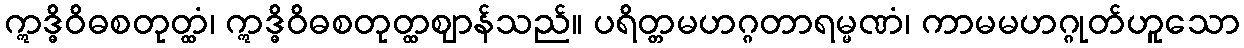
ဣဒ္ဓိဝိဓစတုတ္ထံ၊ ဣဒ္ဓိဝိဓစတုတ္ထဈာန်သည်။ ပရိတ္တမဟဂ္ဂတာရမ္မဏံ၊ ကာမမဟဂ္ဂုတ်ဟူသော